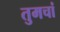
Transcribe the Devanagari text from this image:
तुमचां